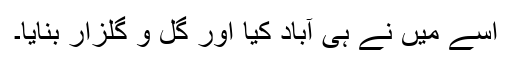
اسے میں نے ہی آباد کیا اور گل و گلزار بنایا۔